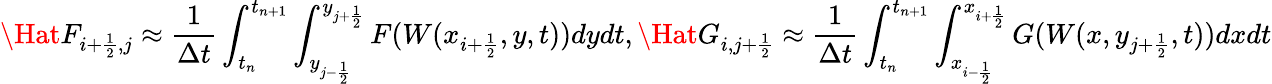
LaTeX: \Hat F_{i+\frac{1}{2},j}\approx\frac{1}{\Delta t}\int_{t_{n}}^{t_{n+1}}\int_{y_{j-\frac{1}{2}}}^{y_{j+\frac{1}{2}}}F(W(x_{i+\frac{1}{2}},y,t))dydt,\Hat G_{i,j+\frac{1}{2}}\approx\frac{1}{\Delta t}\int_{t_{n}}^{t_{n+1}}\int_{x_{i-\frac{1}{2}}}^{x_{i+\frac{1}{2}}}G(W(x,y_{j+\frac{1}{2}},t))dxdt